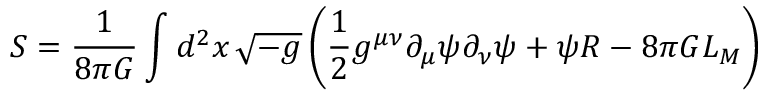
S = \frac { 1 } { 8 \pi G } \int d ^ { 2 } x \, \sqrt { - g } \left( \frac { 1 } { 2 } g ^ { \mu \nu } \partial _ { \mu } \psi \partial _ { \nu } \psi + \psi R - 8 \pi G { \cal L } _ { M } \right)